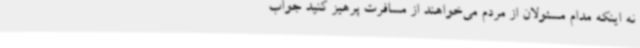
نه اینکه مدام مسئولان از مردم می‌خواهند از مسافرت پرهیز کنید جواب